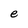
Character: e